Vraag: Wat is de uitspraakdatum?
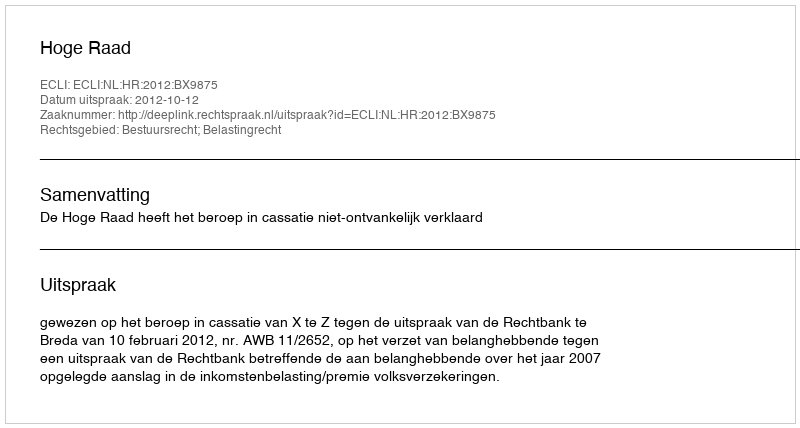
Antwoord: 2012-10-12